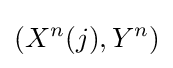
(X^{n}(j),Y^{n})